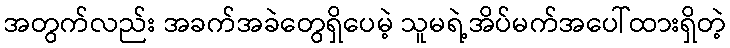
အတွက်လည်း အခက်အခဲတွေရှိပေမဲ့ သူမရဲ့အိပ်မက်အပေါ်ထားရှိတဲ့